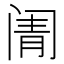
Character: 𬮬